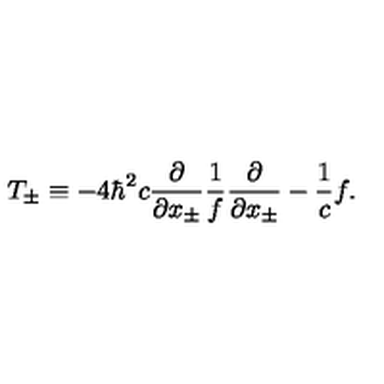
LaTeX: T _ { \pm } \equiv - 4 { \hbar } ^ { 2 } c \frac { \partial } { \partial x _ { \pm } } \frac { 1 } { f } \frac { \partial } { \partial x _ { \pm } } - \frac { 1 } { c } f .